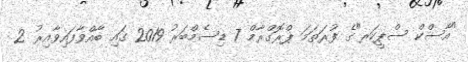
"އާސްކް ސްޕީކަރ"ގެ ފުރަތަމަ ޕްރޮގްރާމް 7 ޑިސެމްބަރު 2019 ގައި ބާއްވާފައިވާއިރު 2